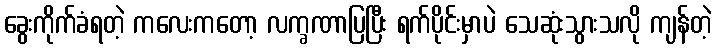
ခွေးကိုက်ခံရတဲ့ ကလေးကတော့ လက္ခဏာပြပြီး ရက်ပိုင်းမှာပဲ သေဆုံးသွားသလို ကျန်တဲ့